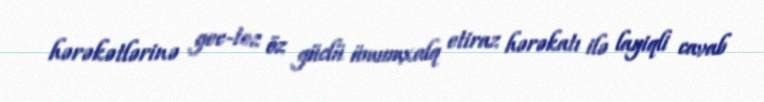
hərəkətlərinə gec-tez öz güclü ümumxalq etiraz hərəkatı ilə layiqli cavab